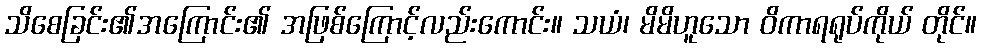
သိစေခြင်း၏အကြောင်း၏ အဖြစ်ကြောင့်လည်းကောင်း။ သယံ၊ မိမိဟူသော ဝိကာရရုပ်ကိုယ် တိုင်။